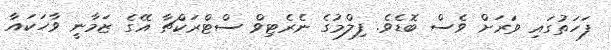
ފަހަތުގައި ވަރަށް ވެސް ބޮޑެވެ. ފިލްމުގެ ނެރެޓިވް ސްޓްރަކްޗާ އޭގެ ޒަމާނީ ވާހަކައާ